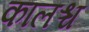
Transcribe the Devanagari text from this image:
कालश्च